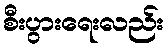
စီးပွားရေးလည်း